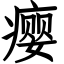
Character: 瘿